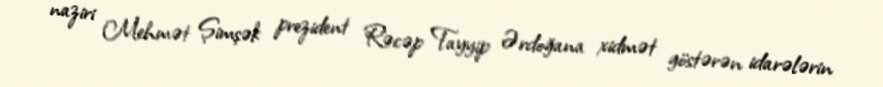
naziri Mehmət Şimşək prezident Rəcəp Tayyip Ərdoğana xidmət göstərən idarələrin